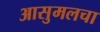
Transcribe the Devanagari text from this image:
आसुमलचा